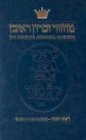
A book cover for The Complete Artscroll Machzor Rosh Hashanah (Artscroll Mesorah); Nosson Scherman; Religion & Spirituality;